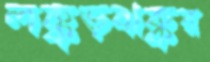
লক্কড়ঝক্কর